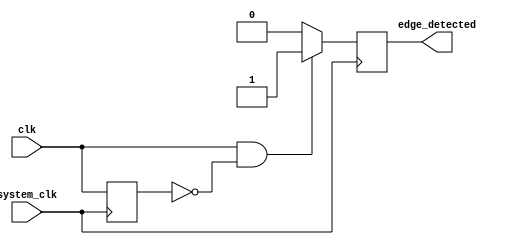
module positive_edge_detector (
    input wire clk,              // Input signal to detect edges
    input wire system_clk,       // System clock for sampling
    output reg edge_detected     // Output pulse for edge detection
);

    reg previous_state;          // Register to hold the previous state of the input signal

    // D Flip-Flop to sample the input signal on the rising edge of the system clock
    always @(posedge system_clk) begin
        previous_state <= clk;   // Sample the input signal
    end

    // Edge detection logic
    always @(posedge system_clk) begin
        if (clk && !previous_state) begin
            edge_detected <= 1'b1; // Rising edge detected
        end else begin
            edge_detected <= 1'b0; // Reset output after one clock cycle
        end
    end

endmodule